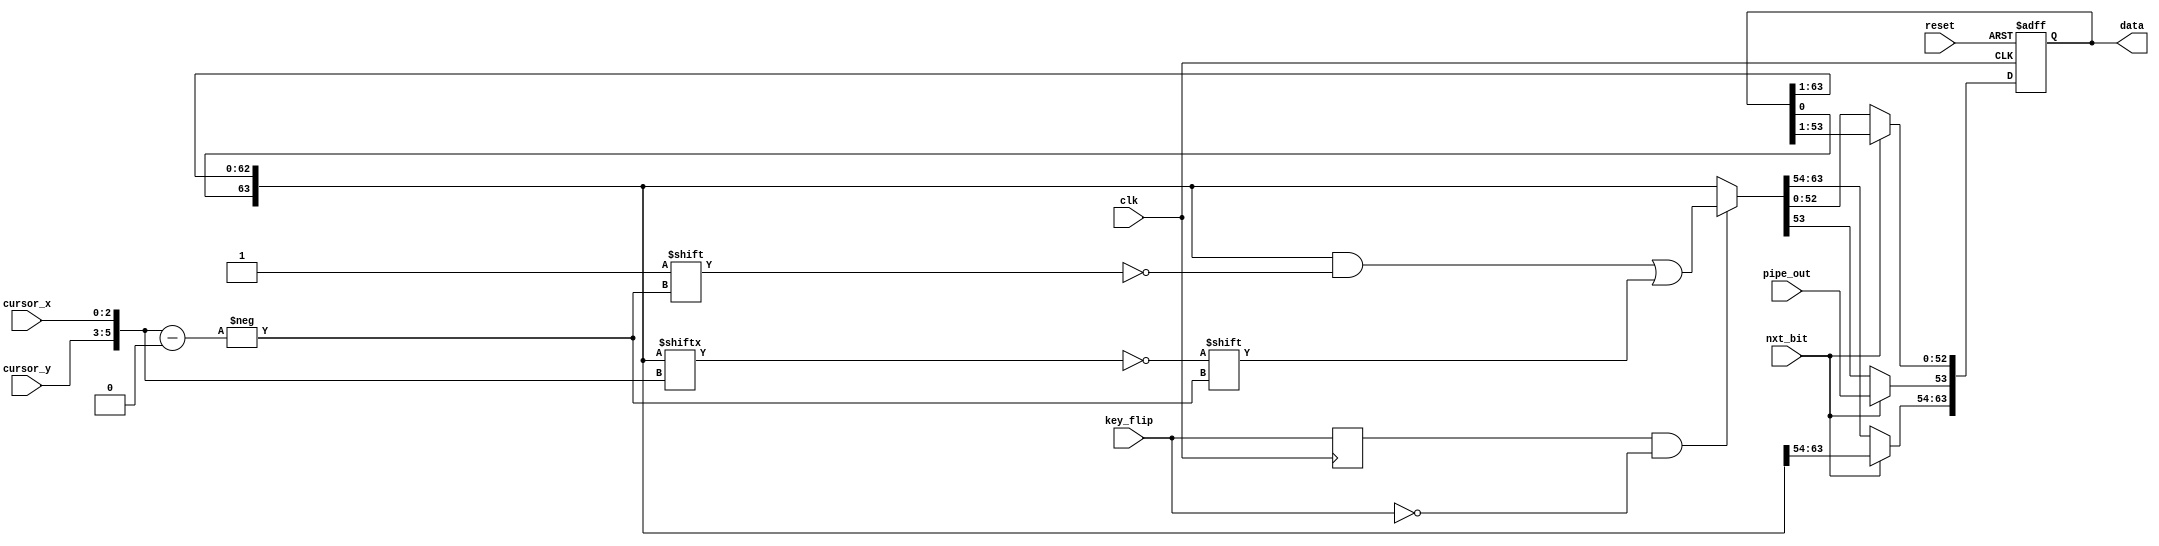
`timescale 1ns / 1ps
//////////////////////////////////////////////////////////////////////////////////
// Company: 
// Engineer: 
// 
// Design Name: 
// Module Name:    life_data
// Project Name: 
// Target Devices: 
// Tool versions: 
// Description: 
//
// Dependencies: 
//
// Revision: 
// Revision 0.01 - File Created
// Additional Comments: 
//
//////////////////////////////////////////////////////////////////////////////////
module life_data #
(
	parameter X=8,
	parameter Y=8,
	parameter LOG2X=3,
	parameter LOG2Y=3
) (
	input clk,
	input reset,
	input nxt_bit,
	input key_flip,
	input [LOG2X-1:0]cursor_x,
	input [LOG2Y-1:0]cursor_y,
	input pipe_out,
	output reg [(X*Y-1):0]data
);

reg [(X*Y-1):0]data_next;
reg key_flip_d;

always @(*)
begin
	
   // data = (data >> 1) | ((data & 1) << (X*Y-1));
   // data = data & ~(1LL << ((Y-1)*X-3)) | (pipe_out  ? (1LL << ((Y-1)*X-3)) : 0);

	// First rotate left
	data_next = {data[0], data[(X*Y-1):1]};
	if (nxt_bit) // game is running
	begin
		// update
		data_next[(Y-1)*X-3] = pipe_out;
	end
	else if (key_flip_d && !key_flip)
		data_next[{cursor_y, cursor_x}] = !data_next[{cursor_y, cursor_x}];
end

always @(posedge clk)
begin
	key_flip_d  <= key_flip;
end

always @(posedge clk, negedge reset)
begin
	if (~reset)
		data <= {(X*Y){1'b0}};
	else
		data <= data_next;
end

endmodule